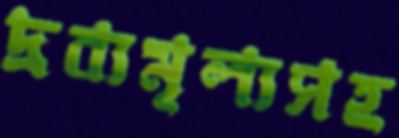
দ্রব্যমূল্যসহ